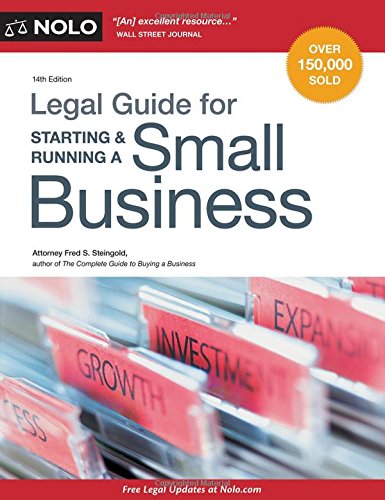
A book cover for Legal Guide for Starting & Running a Small Business; Fred S. Steingold Attorney; Law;